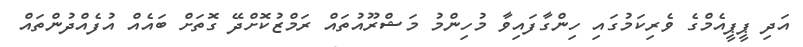
އަދި ޕީޕީއެމްގެ ވެރިކަމުގައި ހިންގާފައިވާ މުހިންމު މަޝްރޫއުތައް ރަމްޒުކޮށްދޭ ގޮތަށް ބައެއް އުފެއްދުންތައް